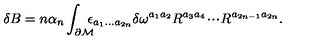
\delta B = n \alpha _ { n } \int _ { \partial { \cal M } } \! \! \! \! \epsilon _ { a _ { 1 } . . . a _ { 2 n } } \delta \omega ^ { a _ { 1 } a _ { 2 } } R ^ { a _ { 3 } a _ { 4 } } \! \cdot \! \cdot \! \cdot \! R ^ { a _ { 2 n - 1 } a _ { 2 n } } .